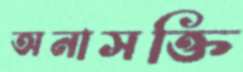
অনাসক্তি